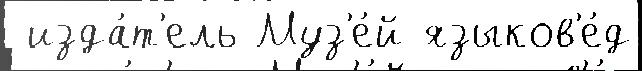
 изда́т'ель Муз'е́й языков'е́д